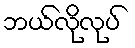
ဘယ်လိုလုပ်